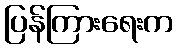
ပြန်ကြားရေးက